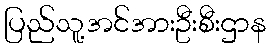
ပြည်သူ့အင်အားဦးစီးဌာန